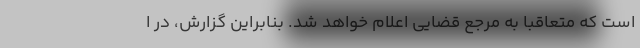
است که متعاقبا به مرجع قضایی اعلام خواهد شد. بنابراین گزارش، در ا